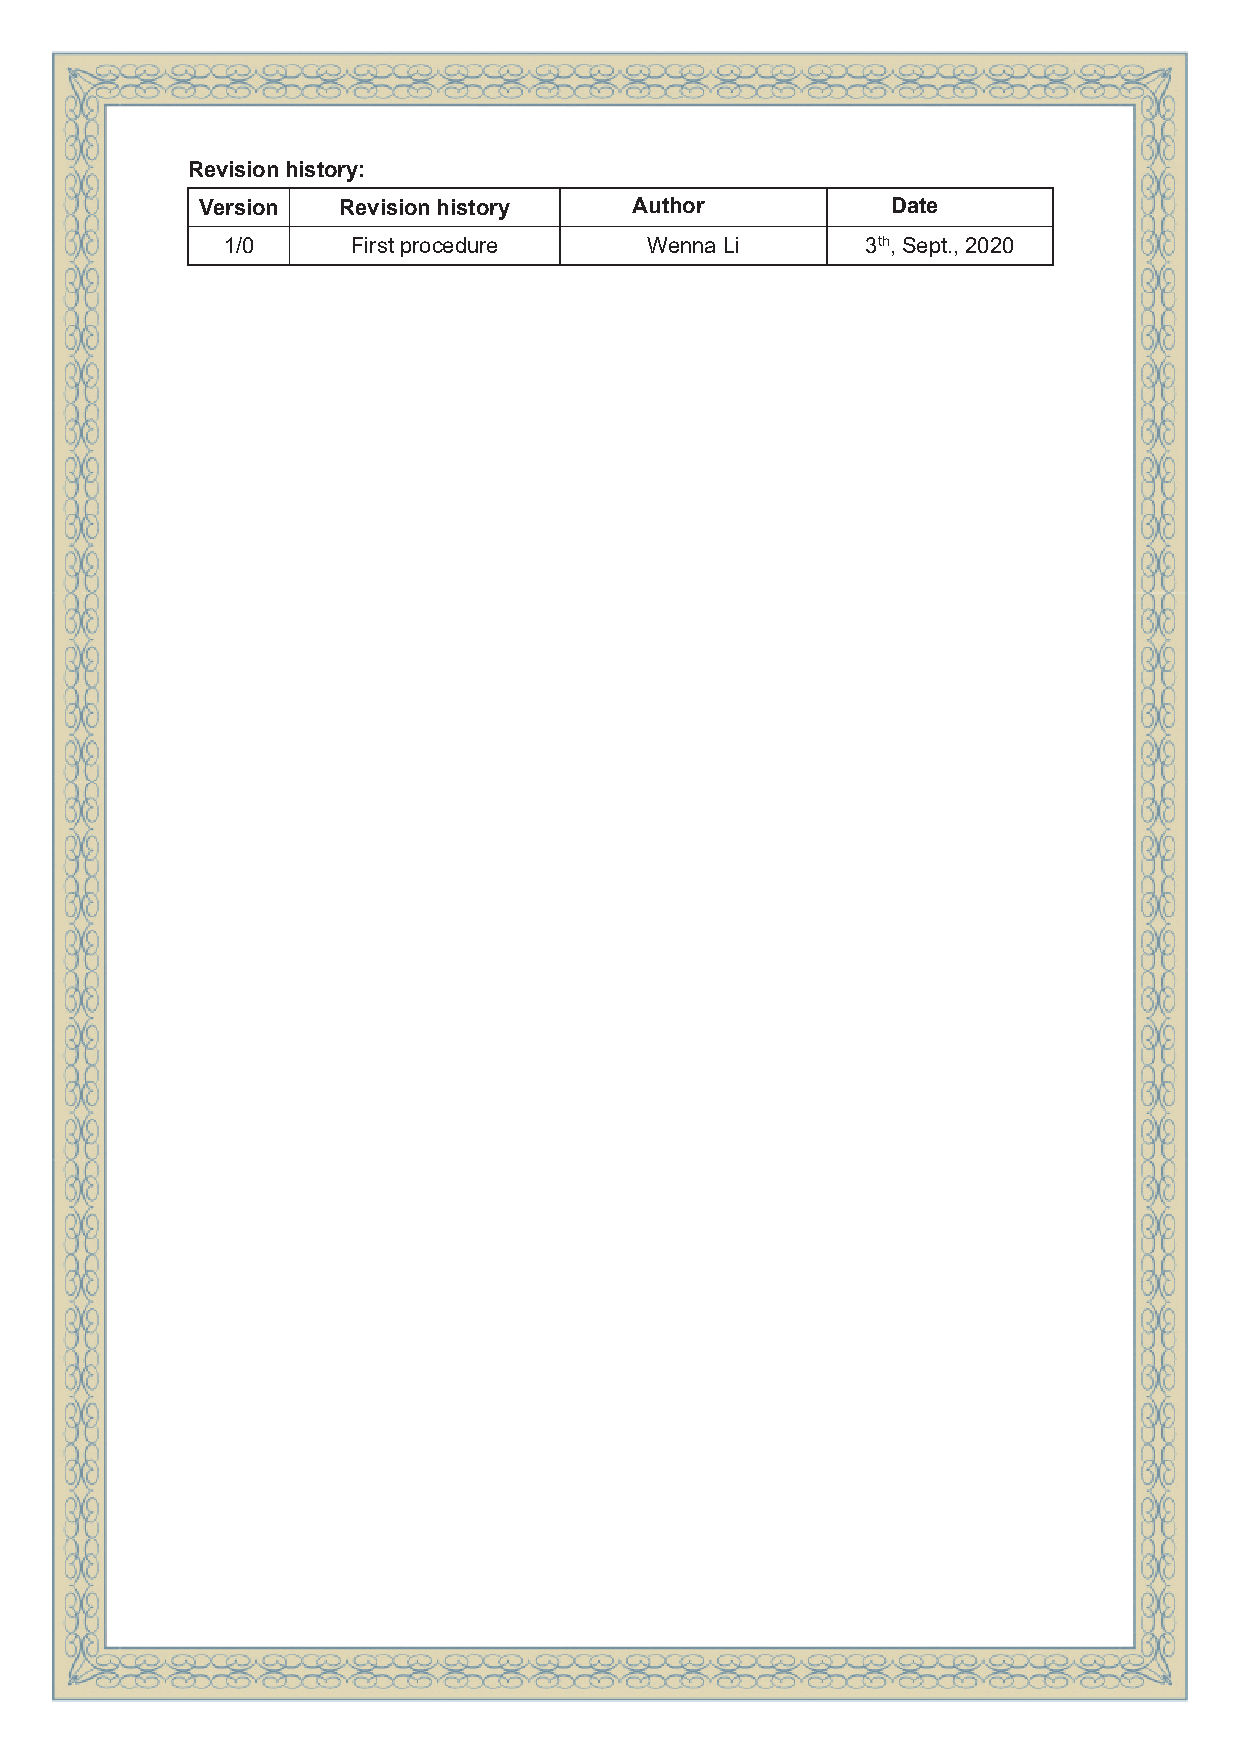
Revision history:
 Version  Revision history    Author           Date
 1/0     First procedure     Wenna Li      3th, Sept., 2020